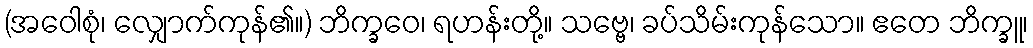
(အဝေါစုံ၊ လျှောက်ကုန်၏။) ဘိက္ခဝေ၊ ရဟန်းတို့။ သဗ္ဗေ၊ ခပ်သိမ်းကုန်သော။ ဧတေ ဘိက္ခူ၊